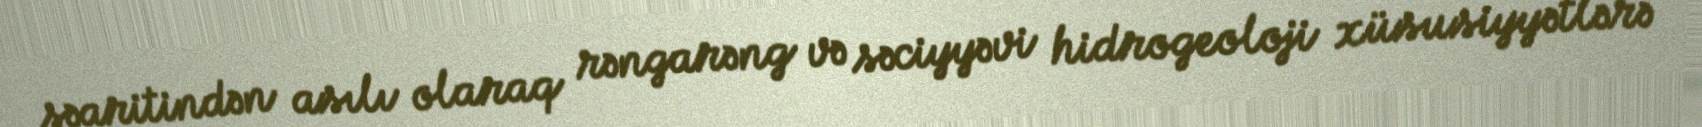
şəaritindən asılı olaraq rəngarəng və səciyyəvi hidrogeoloji xüsusiyyətlərə